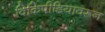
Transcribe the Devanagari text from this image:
विकिपीडियावरून